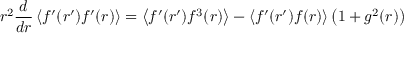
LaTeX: r ^ { 2 } \frac { d } { d r } \left\langle f ^ { \prime } ( r ^ { \prime } ) f ^ { \prime } ( r ) \right\rangle = \left\langle f ^ { \prime } ( r ^ { \prime } ) f ^ { 3 } ( r ) \right\rangle - \left\langle f ^ { \prime } ( r ^ { \prime } ) f ( r ) \right\rangle \left( 1 + g ^ { 2 } ( r ) \right)